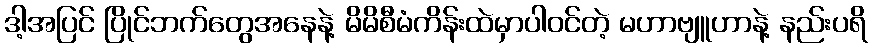
ဒါ့အပြင် ပြိုင်ဘက်တွေအနေနဲ့ မိမိစီမံကိန်းထဲမှာပါဝင်တဲ့ မဟာဗျူဟာနဲ့ နည်းပရိ